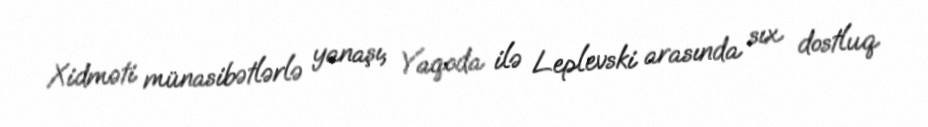
Xidməti münasibətlərlə yanaşı, Yaqoda ilə Leplevski arasında sıx dostluq